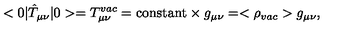
< 0 | \hat { T } _ { \mu \nu } | 0 > = T _ { \mu \nu } ^ { v a c } = \mathrm { c o n s t a n t } \times g _ { \mu \nu } = < \rho _ { v a c } > g _ { \mu \nu } ,